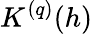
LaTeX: K^{(q)}(h)